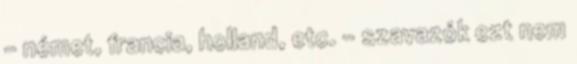
- német, francia, holland, etc. - szavazók ezt nem